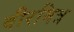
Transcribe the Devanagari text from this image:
वीरमित्र